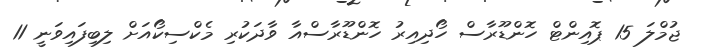
ޖުމްލަ 15 ޕޮއިންޓް ހޮންޑޫރާސް ހޯދިއިރު ހޮންޑޫރާސްއާ ވާދަކުރި މެކްސިކޯއަށް ލިބިފައިވަނީ 11